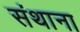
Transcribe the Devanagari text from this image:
संथाना